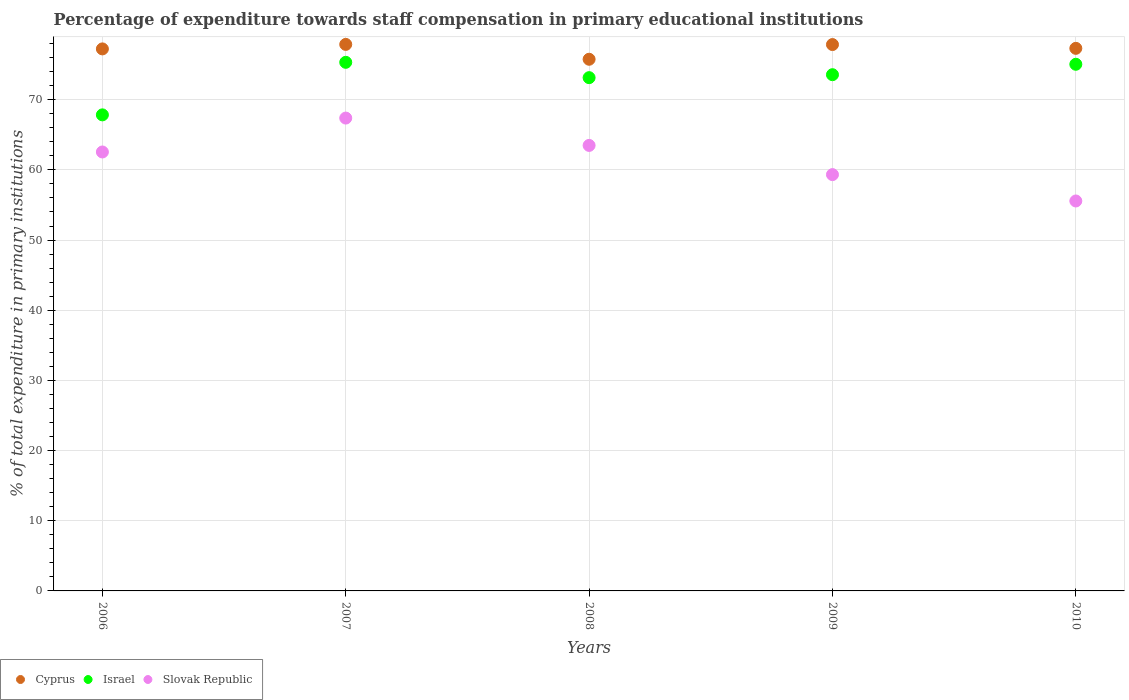
| Years | Cyprus | Israel | Slovak Republic |
 | --- | --- | --- | --- |
 | 2006 | 77.2 | 67.8 | 62.5 |
 | 2007 | 77.9 | 75.3 | 67.4 |
 | 2008 | 75.8 | 73.1 | 63.5 |
 | 2009 | 77.9 | 73.6 | 59.3 |
 | 2010 | 77.3 | 75 | 55.6 |